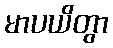
မာပယိတွာ